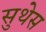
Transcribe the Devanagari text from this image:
सुथेस